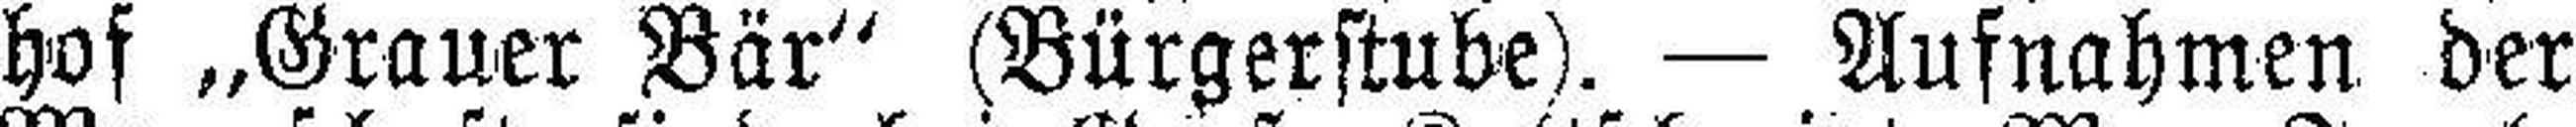
hof „Grauer Bär“ (Bürgerstube). — Aufnahmen der